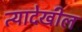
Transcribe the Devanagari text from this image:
त्यादेखील